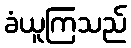
ခံယူကြသည်